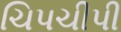
ચિપચીપી